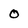
Character: 0